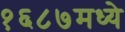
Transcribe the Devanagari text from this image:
१६८७मध्ये